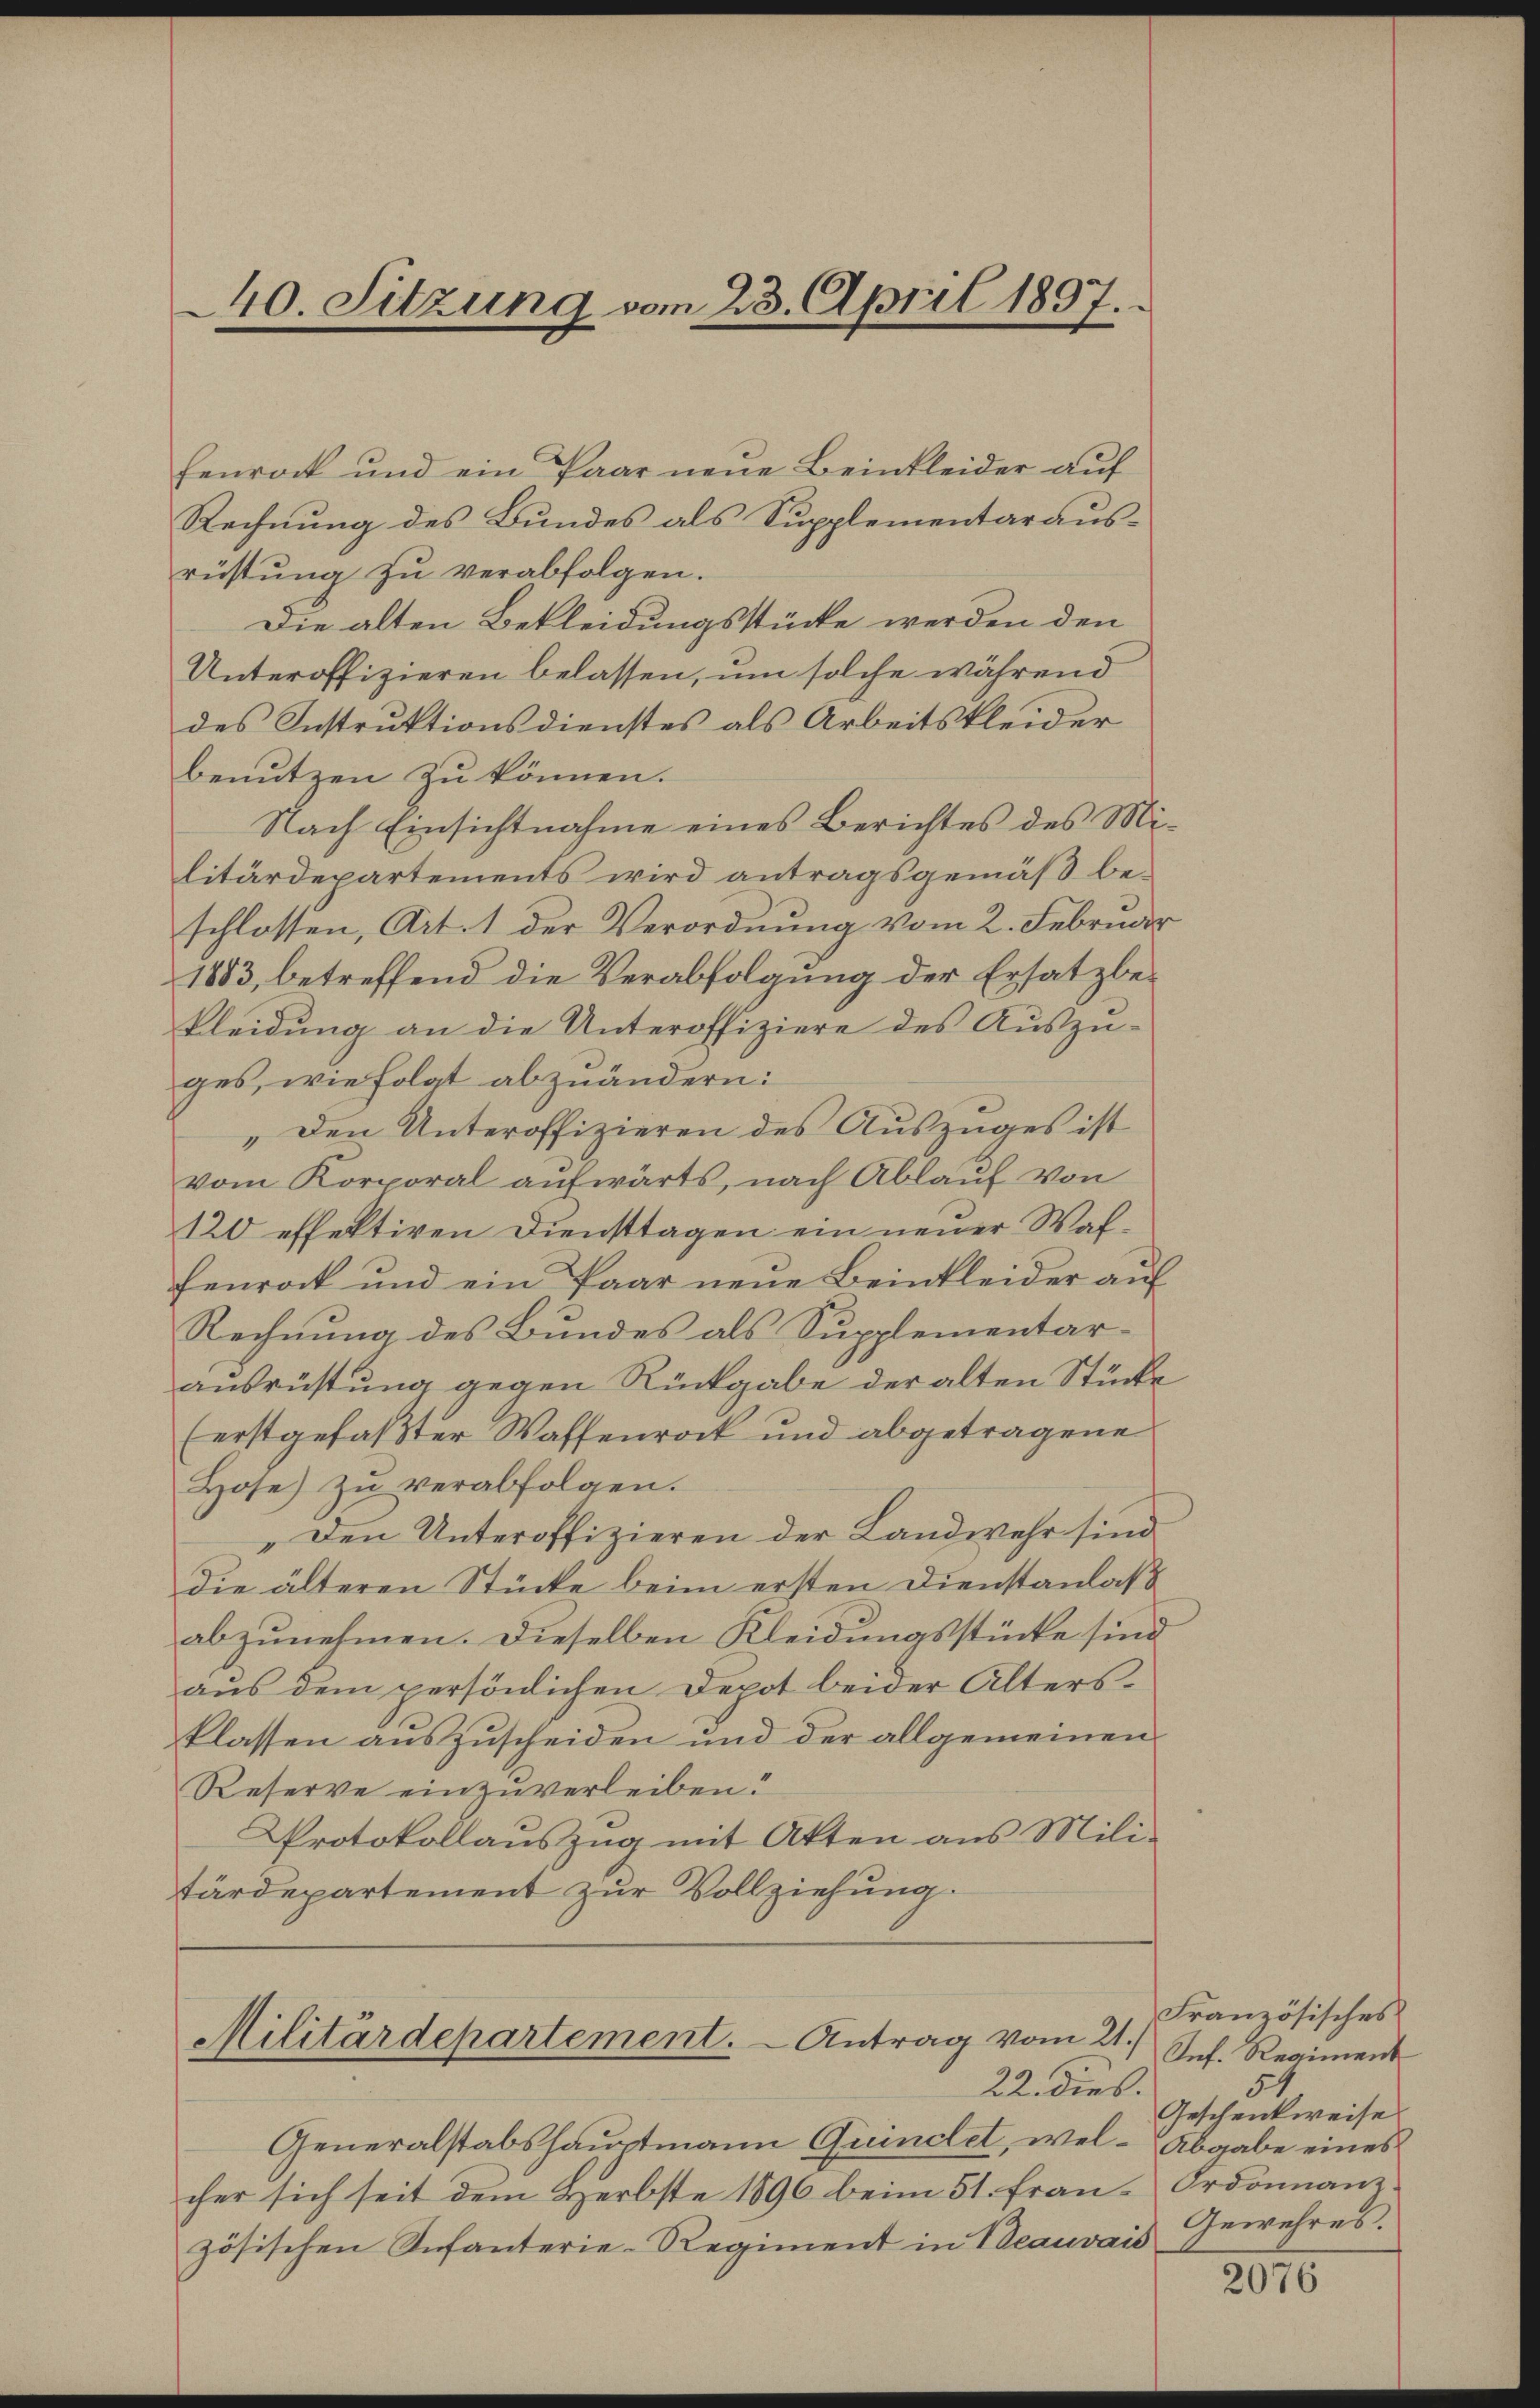
40. Sitzung vom 23. April 1897.

fenrock und ein Paar neue Beinkleider auf
Rechnung des Bundes als Supplementarausrüstung zu verabfolgen.
Die alten Bekleidungsstücke werden den
Unteroffizieren belassen, um solche während
des Instruktionsdienstes als Arbeitskleider
benutzen zu können.
Nach Einsichtnahme eines Berichtes des Militärdepartements wird antragsgemäß be-
schlossen, Art. 1 der Verordnung vom 2. Februar
1883, betreffend die Verabfolgung der Ersatz bekleidung an die Unteroffiziere des Auszu-
ges, wie folgt abzuändern:
„Den Unteroffizieren des Auszuges ist
vom Korporal aufwärts, nach Ablauf von
120 effektiven Diensttagen ein neuer Walfenrock und ein Paar neue Beinkleider auf
Rechnung des Bundes als Supplementar-
ausrüstung gegen Rückgabe der alten Stücke
(erstgefaßter Waffenrock und abgetragene
Hose) zu verabfolgen.
„Den Unteroffizieren der Landwehr sind
die älteren Stücke beim ersten Dienstanlaß
abzunehmen. Dieselben Kleidungsstücke sind
aus dem persönlichen Depot beider Altersklassen auszuscheiden und der allgemeinen
Reserve einzuverleiben.
Protokollauszug mit Akten aus Mili-
tärdepartement zur Vollziehung.

Militärdepartement. - Antrag vom 21.
22. dies

Generalstabshauptmann Quindlet, wel- Abgabe eines
cher sich seit dem Herbste 1896 beim 51. Frau Ordonnanzzösischen Infanterie-Regiment in Beauvais Gewehres.

Französisches
Inf. Regiment
54
Geschenkweise

2076